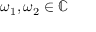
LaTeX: \omega _ { 1 } , \omega _ { 2 } \in \mathbb { C }